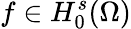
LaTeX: f\in H_{0}^{s}(\Omega)